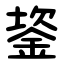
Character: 䤰